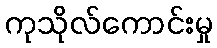
ကုသိုလ်ကောင်းမှု